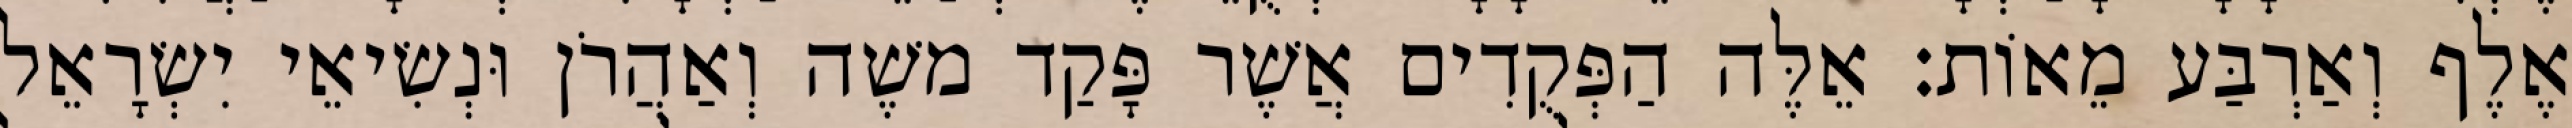
אֶלֶף וְאַרְבַּע מֵאוֹת׃ אֵלֶּה הַפְּקֻדִים אֲשֶׁר פָּקַד משֶׁה וְאַהֲרֹן וּנְשִׂיאֵי יִשְׂרָאֵל